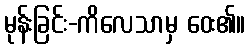
မုန်းခြင်း-ကိလေသာမှ ဝေး၏။